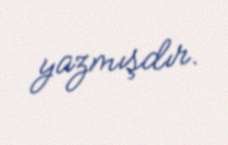
yazmışdır.